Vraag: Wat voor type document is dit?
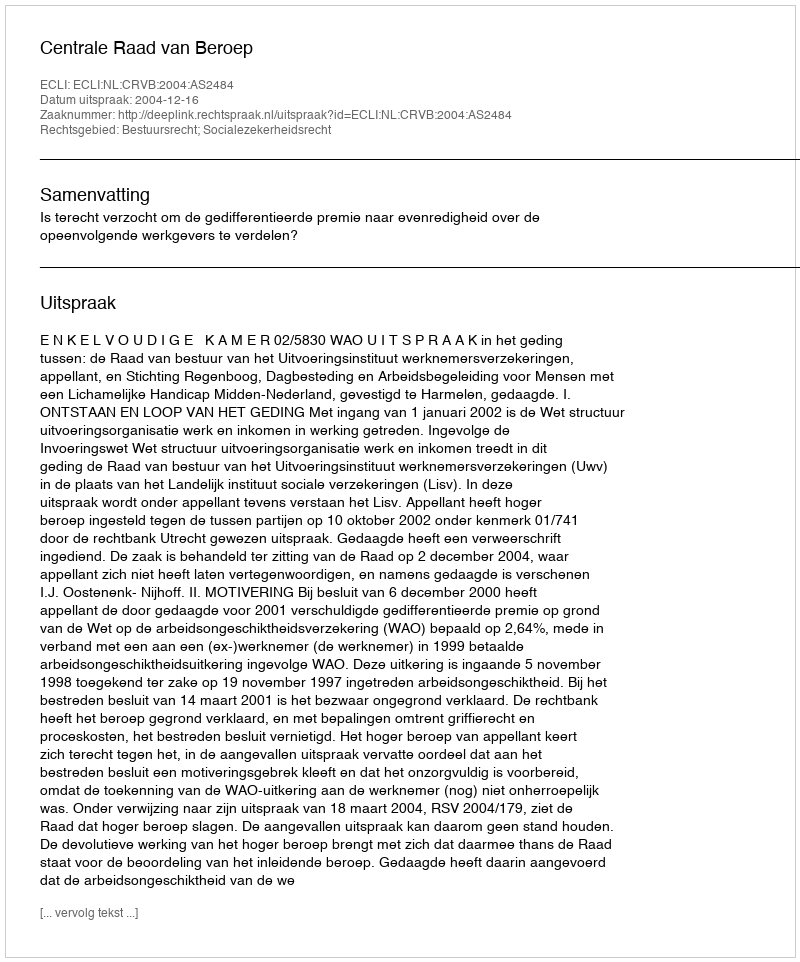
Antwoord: Uitspraak